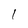
Character: I